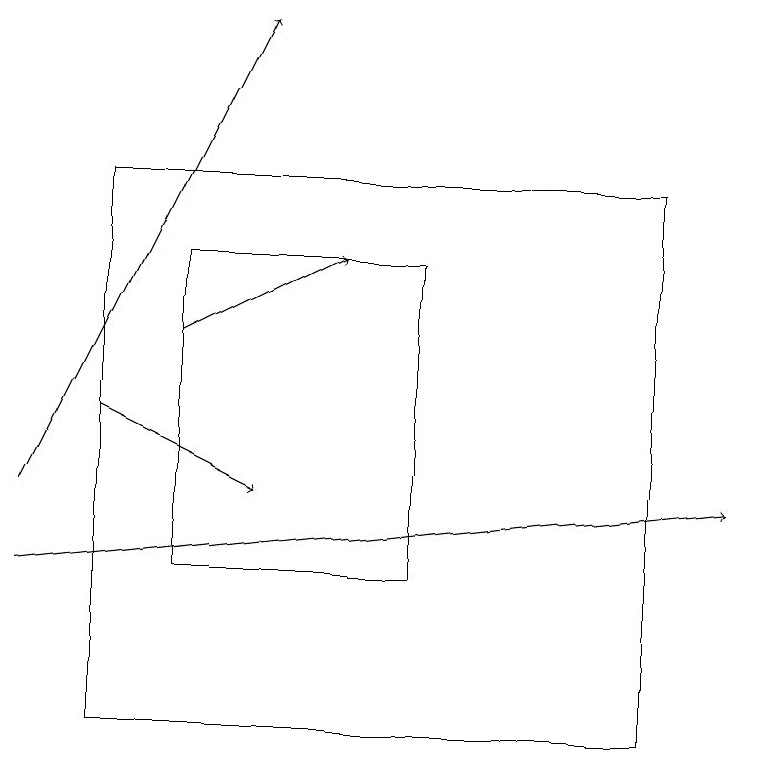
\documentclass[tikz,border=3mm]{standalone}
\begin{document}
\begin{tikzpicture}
\draw[->] (0,13) -- (3,19);
\draw[->] (0,12) -- (9,13);
\draw[->] (2,15) -- (4,16);
\draw (2,16) rectangle (5,12);
\draw (1,10) rectangle (8,17);
\draw[->] (1,14) -- (3,13);
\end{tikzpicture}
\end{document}